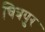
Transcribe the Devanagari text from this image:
चित्रपुर